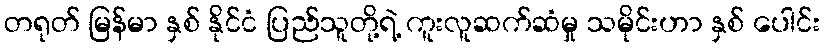
တရုတ် မြန်မာ နှစ် နိုင်ငံ ပြည်သူတို့ရဲ့ ကူးလူဆက်ဆံမှု သမိုင်းဟာ နှစ် ပေါင်း